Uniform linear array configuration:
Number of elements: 16
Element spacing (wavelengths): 0.5
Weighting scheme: hamming
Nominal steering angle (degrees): -60
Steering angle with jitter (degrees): -60.759
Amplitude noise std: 0.05
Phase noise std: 0.05

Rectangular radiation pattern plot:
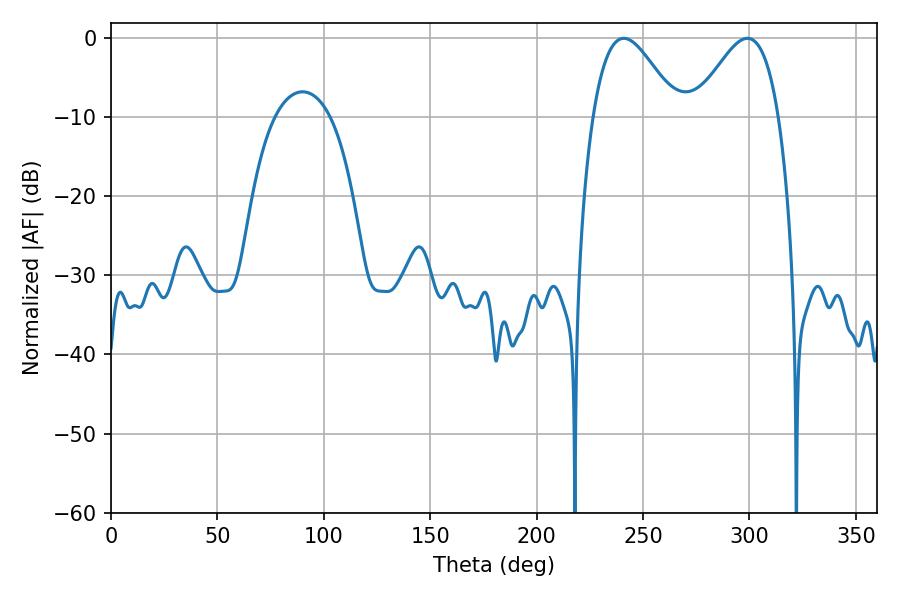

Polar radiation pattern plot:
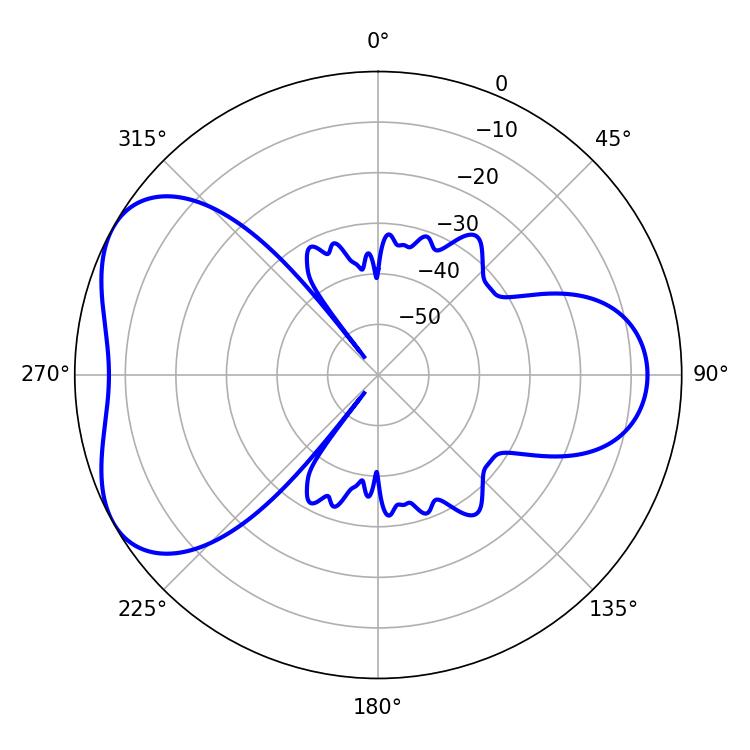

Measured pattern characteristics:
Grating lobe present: FALSE
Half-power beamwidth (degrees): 21.24
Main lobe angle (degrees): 241.02